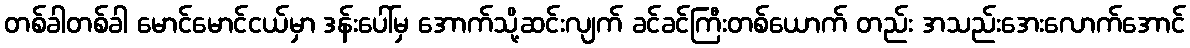
တစ်ခါတစ်ခါ မောင်မောင်ငယ်မှာ ဒန်းပေါ်မှ အောက်သို့ဆင်းလျက် ခင်ခင်ကြီးတစ်ယောက် တည်း အသည်းအေးလောက်အောင်